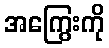
အကြွေးကို